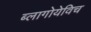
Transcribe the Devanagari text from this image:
ब्लागोयेविच